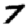
Digit: 7